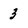
Character: 3